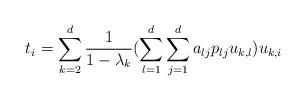
LaTeX: \begin{align*} t_i = \sum_{k=2}^d \frac{1}{1-\lambda_k} (\sum_{l=1}^d \sum_{j=1}^d a_{lj} p_{lj} u_{k,l}) u_{k,i}\end{align*}